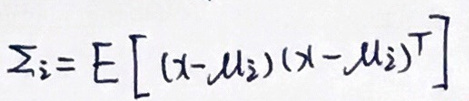
\(\sum_{i} = E[(x - \mu_{i})(x - \mu_{i})^T]\)